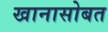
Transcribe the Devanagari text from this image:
खानासोबत